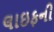
લાઇફની